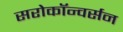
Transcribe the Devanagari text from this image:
सरोकॉन्वर्सन